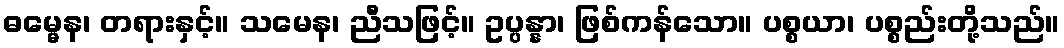
ဓမ္မေန၊ တရားနှင့်။ သမေန၊ ညီသဖြင့်။ ဥပ္ပန္နာ၊ ဖြစ်ကန်သော။ ပစ္စယာ၊ ပစ္စည်းတို့သည်။